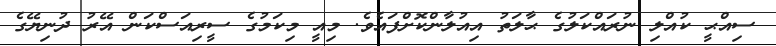
ސިއްޙީ ކުއްލި ނުރައްކަލުގެ ޙާލަތު އިއުލާންކޮށްފައެވެ. މިއީ މިކަމުގެ ސީރިއަސްކަން އޭރު ދުނިޔޭގެ